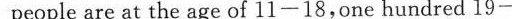
people are at the age of 11 —18.onc hundred 19—